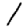
Digit: 1